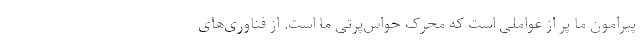
پیرامون ما پر از عواملی است که محرک حواس‌پرتی ما است. از فناوری‌های